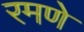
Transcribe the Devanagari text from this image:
रमणे